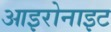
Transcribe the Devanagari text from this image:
आइरोनाइट